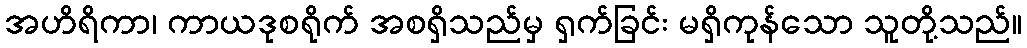
အဟိရိကာ၊ ကာယဒုစရိုက် အစရှိသည်မှ ရှက်ခြင်း မရှိကုန်သော သူတို့သည်။